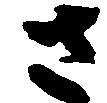
さ